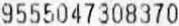
9555047308370